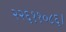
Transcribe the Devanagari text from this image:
२२६११०८६।